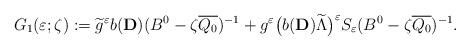
LaTeX: \begin{align*}G_1(\varepsilon ;\zeta ):=\widetilde{g}^\varepsilon b(\mathbf{D})(B^0-\zeta \overline{Q_0})^{-1}+g^\varepsilon \bigl(b(\mathbf{D})\widetilde{\Lambda }\bigr)^\varepsilon S_\varepsilon (B^0-\zeta \overline{Q_0})^{-1}.\end{align*}